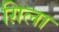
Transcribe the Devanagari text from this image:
ग़िला